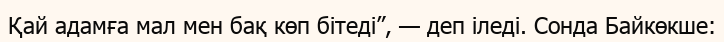
Қай адамға мал мен бақ көп бітеді”, — деп іледі. Сонда Байкөкше: